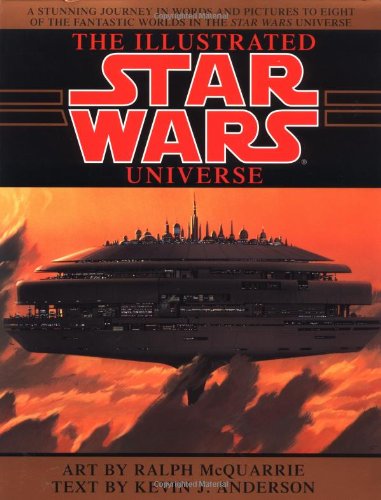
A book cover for The Illustrated Star Wars Universe (Star Wars); Kevin J. Anderson; Arts & Photography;